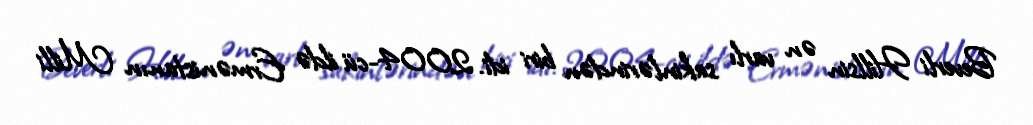
Beverli Hillsin ən varlı sakinlərindən biri idi. 2004-cü ildə Ermənistanın Milli